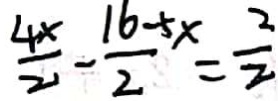
\frac { 4 x } { 2 } - \frac { 1 6 - 5 x } { 2 } = \frac { 2 } { 2 }